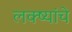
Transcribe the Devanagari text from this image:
लक्ष्यांचे